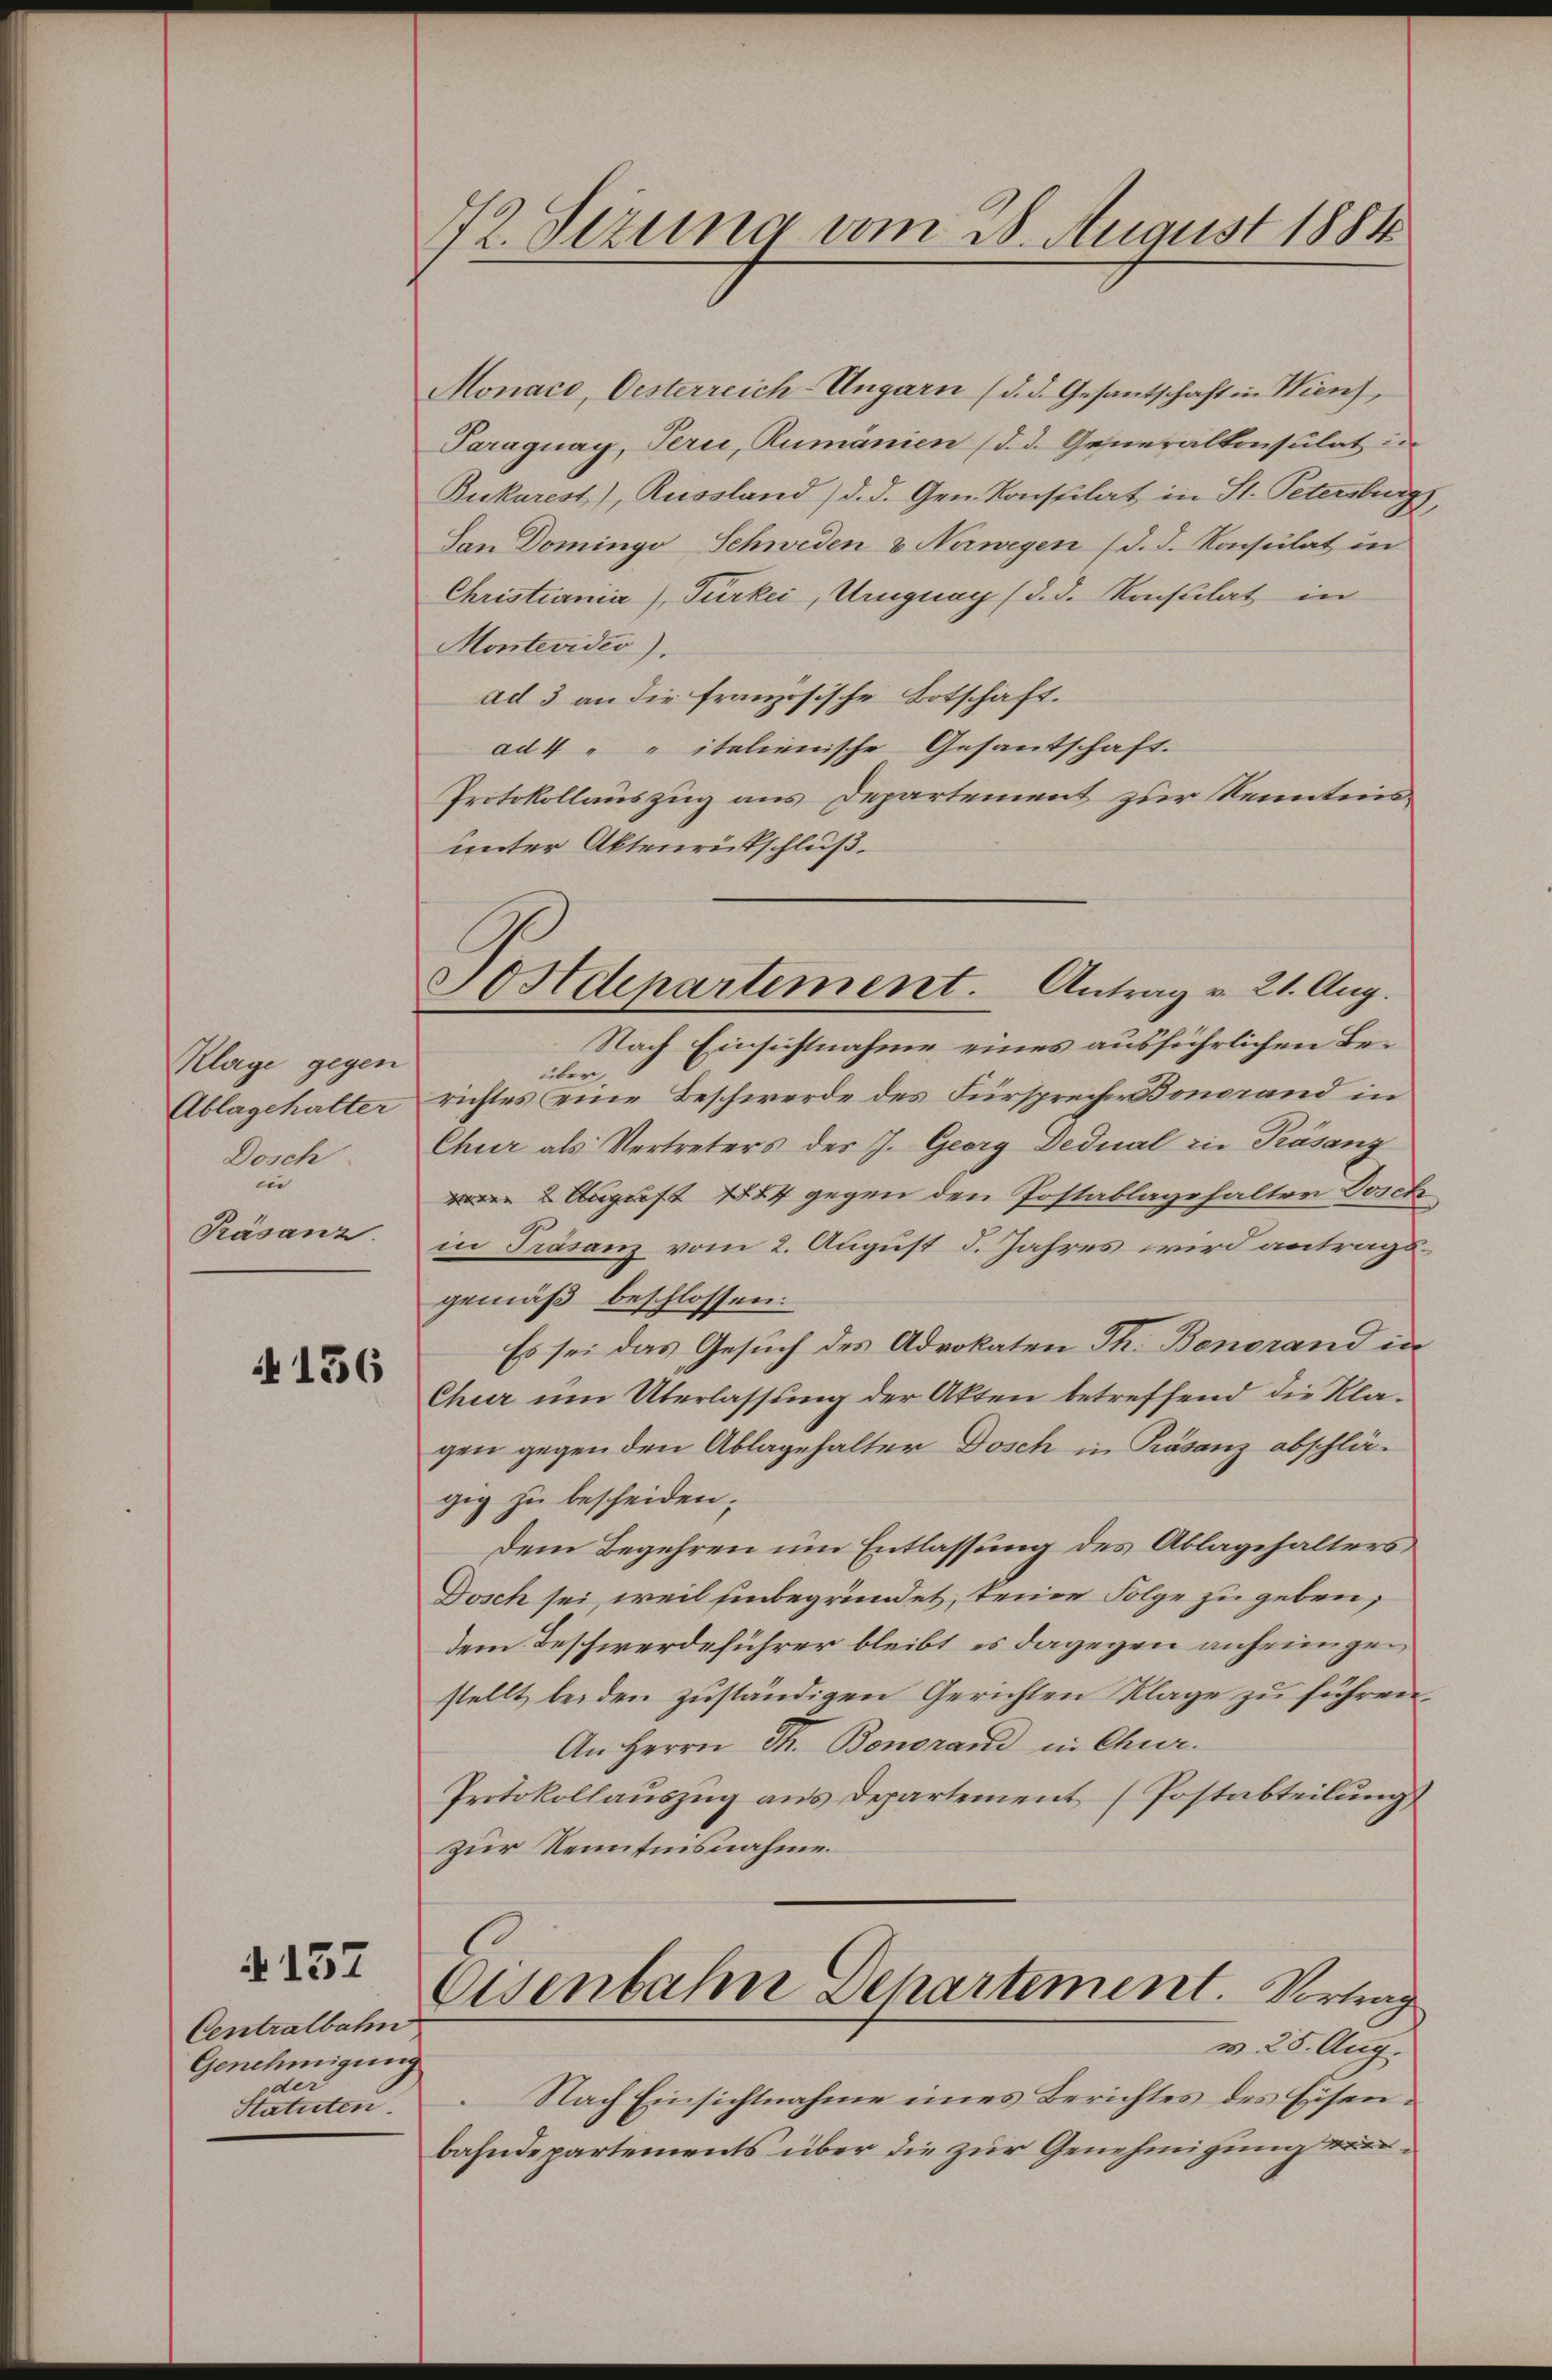
Klage gegen
Ablagehalter
Dosch
in
Päsanz

4156

§137

Centralbahn
Genehmigung
der
Statuten

72. Sizung vom 2. August 1881

Monaco, Oesterreich-Ungarn (d. d. Gesantschaft in Wien,
Paraguay, Pern, Rumänien (d. d. Generalkonsulat in
Bukarest), Russland) d. d. Gen. Konstilat in St. Petersburg,
San Domingo Schweden & Naweyen (d. d. Konsulat in
Christiania), Türkei, Uruguay (d. d. Konsulat in
Montevideo),
ad 3 an die französische Botschaft.
ad 4 " " italienische Gesandschaft.
Protokollauszug aus Departement zur Kenntnis
unter Aktenrütschluß.

Sostdepartement. Antrag v. 21. Aug.

Nach Einsichtnahme eines ausführlichen Beüber,
richtes eine Beschwerde des Fürsprecher Bonorand in
Chur als Vertreters des J. Georg Dedual zu Präsanz
2 August 1824 gegen den Postablagehalten Dosch
in Präsenz vom 2. August d. Jahres wird antragsgemäß beschlossen:
Es sei das Gesuch des Advokaten Th. Benorand in
Chur um Überlassung der Akten betreffend die Klagen gegen den Ablagehalter Dosch in Präsenz abschlä-
gig zu bescheiden;
Dem Begehren um Entlassung des Ablagehalters
Dosch sei, weil hinbegründet, keine Folge zu geben,
dem Beschwerdeführer bleibt es dagegen anheimgestellt beiden zuständigen Gerichten Klage zu führen.
An Herrn Th. Bonorand in Chur.
Protokollauszug aus Departement (Postabteilung
zur Kenntnisnahme.
Eisenbahne Departement. Vortrag
v. 25. Aug.
Nach Einsichtnahme eines Berichtes des Eisenbahndepartements über die zur Genehmigung ver¬